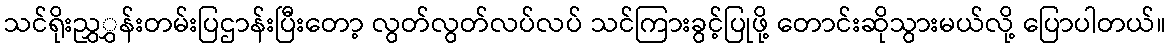
သင်ရိုးညွှွှန်းတမ်းပြဌာန်းပြီးတော့ လွတ်လွတ်လပ်လပ် သင်ကြားခွင့်ပြုဖို့ တောင်းဆိုသွားမယ်လို့ ပြောပါတယ်။